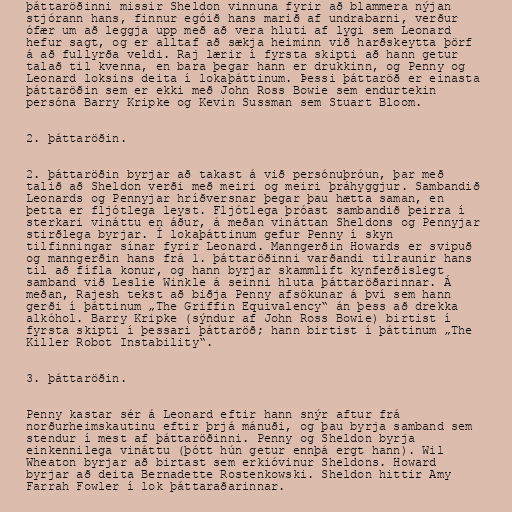
þáttaröðinni missir Sheldon vinnuna fyrir að blammera nýjan
stjórann hans, finnur egóið hans marið af undrabarni, verður
ófær um að leggja upp með að vera hluti af lygi sem Leonard
hefur sagt, og er alltaf að sækja heiminn við harðskeytta þörf
á að fullyrða veldi. Raj lærir í fyrsta skipti að hann getur
talað til kvenna, en bara þegar hann er drukkinn, og Penny og
Leonard loksins deita í lokaþáttinum. Þessi þáttaröð er einasta
þáttaröðin sem er ekki með John Ross Bowie sem endurtekin
persóna Barry Kripke og Kevin Sussman sem Stuart Bloom.

2. þáttaröðin.

2. þáttaröðin byrjar að takast á við persónuþróun, þar með
talið að Sheldon verði með meiri og meiri þráhyggjur. Sambandið
Leonards og Pennyjar hríðversnar þegar þau hætta saman, en
þetta er fljótlega leyst. Fljótlega þróast sambandið þeirra í
sterkari vináttu en áður, á meðan vináttan Sheldons og Pennyjar
stirðlega byrjar. Í lokaþáttinum gefur Penny í skyn
tilfinningar sínar fyrir Leonard. Manngerðin Howards er svipuð
og manngerðin hans frá 1. þáttaröðinni varðandi tilraunir hans
til að fífla konur, og hann byrjar skammlíft kynferðislegt
samband við Leslie Winkle á seinni hluta þáttaröðarinnar. Á
meðan, Rajesh tekst að biðja Penny afsökunar á því sem hann
gerði í þáttinum „The Griffin Equivalency“ án þess að drekka
alkóhol. Barry Kripke (sýndur af John Ross Bowie) birtist í
fyrsta skipti í þessari þáttaröð; hann birtist í þáttinum „The
Killer Robot Instability“.

3. þáttaröðin.

Penny kastar sér á Leonard eftir hann snýr aftur frá
norðurheimskautinu eftir þrjá mánuði, og þau byrja samband sem
stendur í mest af þáttaröðinni. Penny og Sheldon byrja
einkennilega vináttu (þótt hún getur ennþá ergt hann). Wil
Wheaton byrjar að birtast sem erkióvinur Sheldons. Howard
byrjar að deita Bernadette Rostenkowski. Sheldon hittir Amy
Farrah Fowler í lok þáttaraðarinnar.